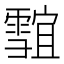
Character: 𱁣